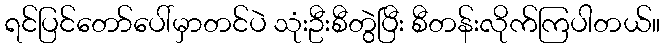
ရင်ပြင်တော်ပေါ်မှာတင်ပဲ သုံးဦးစီတွဲပြီး စီတန်းလိုက်ကြပါတယ်။